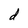
Character: d